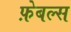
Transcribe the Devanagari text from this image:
फ़ेबल्स